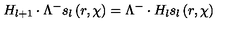
H _ { l + 1 } \cdot \Lambda ^ { - } s _ { l } \left( r , \chi \right) = \Lambda ^ { - } \cdot H _ { l } s _ { l } \left( r , \chi \right)